Indian Civil Veterinary Department memoirs
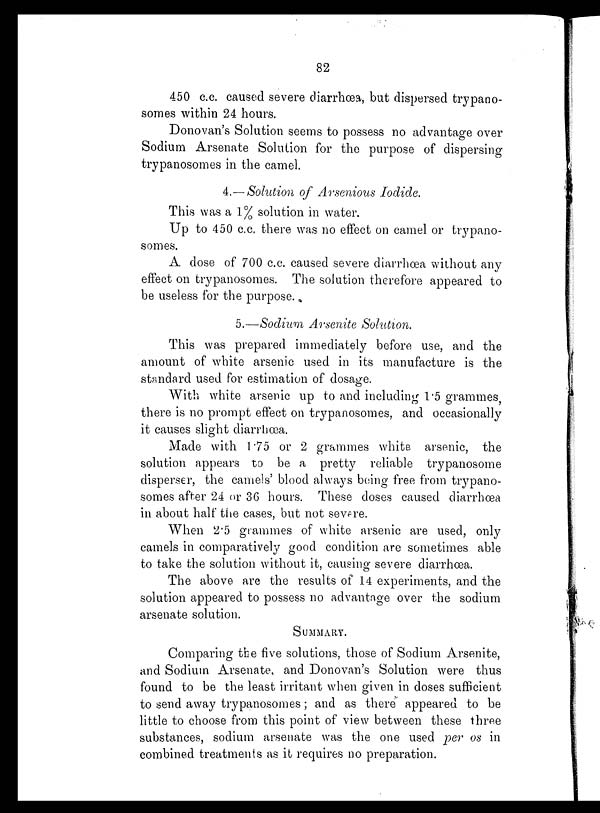
82
450 c.c. caused severe diarrhœa, but dispersed trypano-
somes within 24 hours.
Donovan's Solution seems to possess no advantage over
Sodium Arsenate Solution for the purpose of dispersing
trypanosomes in the camel.
4.—Solution of Arsenious Iodide.
This was a 1% solution in water.
Up to 450 c.c. there was no effect on camel or trypano-
somes.
A dose of 700 c.c. caused severe diarrhœa without any
effect on trypanosomes. The solution therefore appeared to
be useless for the purpose.
5.—Sodium Arsenite Solution.
This was prepared immediately before use, and the
amount of white arsenic used in its manufacture is the
standard used for estimation of dosage.
With white arsenic up to and including 1.5 grammes,
there is no prompt effect on trypanosomes, and occasionally
it causes slight diarrhœa.
Made with 1.75 or 2 grammes white arsenic, the
solution appears to be a pretty reliable trypanosome
disperser, the camels' blood always being free from trypano-
somes after 24 or 36 hours. These doses caused diarrhœa
in about half the cases, but not severe.
When 2.5 grammes of white arsenic are used, only
camels in comparatively good condition are sometimes able
to take the solution without it, causing severe diarrhœa.
The above are the results of 14 experiments, and the
solution appeared to possess no advantage over the sodium
arsenate solution.
SUMMARY.
Comparing the five solutions, those of Sodium Arsenite,
and Sodium Arsenate, and Donovan's Solution were thus
found to be the least irritant when given in doses sufficient
to send away trypanosomes; and as there appeared to be
little to choose from this point of view between these three
substances, sodium arsenate was the one used per os in
combined treatments as it requires no preparation.